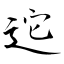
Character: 迱